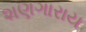
શણગારાય